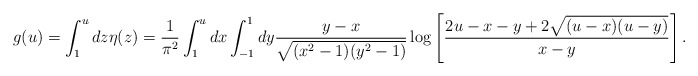
\begin{align*}g(u)=\int_1^udz\eta(z)={1\over \pi^2}\int^u_1dx\int_{-1}^1dy{y-x\over \sqrt{(x^2-1)(y^2-1)}}\log\left[{2u-x-y+2\sqrt{(u-x)(u-y)}\over x-y}\right].\end{align*}